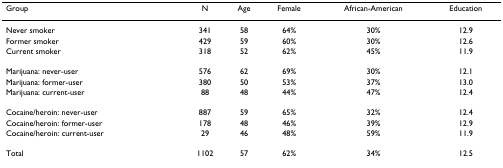
<table><thead><tr><td><b>Group</b></td><td><b>N</b></td><td><b>Age</b></td><td><b>Female</b></td><td><b>African-American</b></td><td><b>Education</b></td></tr></thead><tbody><tr><td>Never smoker</td><td>341</td><td>58</td><td>64%</td><td>30%</td><td>12.9</td></tr><tr><td>Former smoker</td><td>429</td><td>59</td><td>60%</td><td>30%</td><td>12.6</td></tr><tr><td>Current smoker</td><td>318</td><td>52</td><td>62%</td><td>45%</td><td>11.9</td></tr><tr><td>Marijuana: never-user</td><td>576</td><td>62</td><td>69%</td><td>30%</td><td>12.1</td></tr><tr><td>Marijuana: former-user</td><td>380</td><td>50</td><td>53%</td><td>37%</td><td>13.0</td></tr><tr><td>Marijuana: current-user</td><td>88</td><td>48</td><td>44%</td><td>47%</td><td>12.4</td></tr><tr><td>Cocaine/heroin: never-user</td><td>887</td><td>59</td><td>65%</td><td>32%</td><td>12.4</td></tr><tr><td>Cocaine/heroin: former-user</td><td>178</td><td>48</td><td>46%</td><td>39%</td><td>12.9</td></tr><tr><td>Cocaine/heroin: current-user</td><td>29</td><td>46</td><td>48%</td><td>59%</td><td>11.9</td></tr><tr><td>Total</td><td>1102</td><td>57</td><td>62%</td><td>34%</td><td>12.5</td></tr></tbody></table>